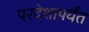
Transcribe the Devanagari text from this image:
परदेशापर्यंत